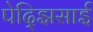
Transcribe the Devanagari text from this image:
पेद्झिसाई